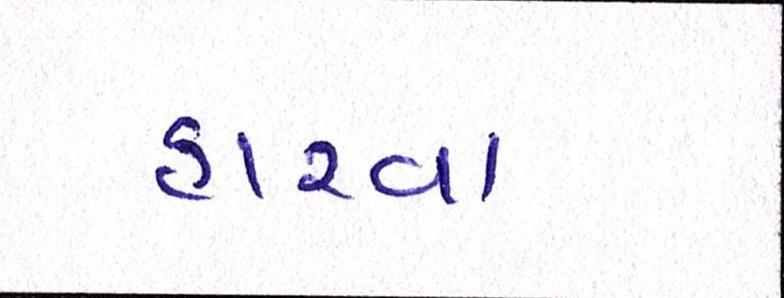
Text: હારવા